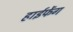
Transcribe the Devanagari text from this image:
हाईफेंग